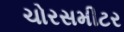
ચોરસમીટર